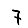
Digit: 7